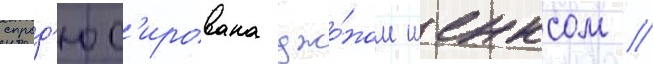
спрод'юс'ирована джо́ном шенксом //